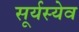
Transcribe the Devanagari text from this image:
सूर्यस्येव